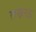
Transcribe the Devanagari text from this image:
लख्ननऊ